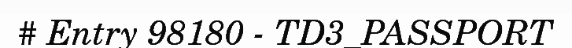
# Entry 98180 - TD3_PASSPORT